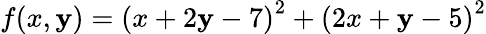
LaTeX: f(x,\mathbf{y})=\left(x+2\mathbf{y}-7\right)^{2}+\left(2x+\mathbf{y}-5\right)^{2}